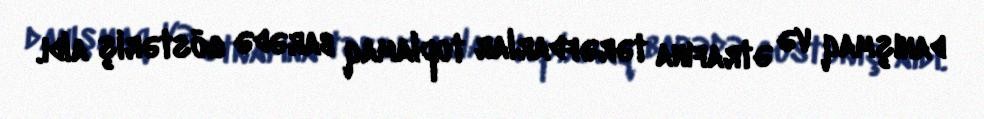
danışmaq və ətrafına tərəfdarlar toplamaq barədə göstəriş aldı.